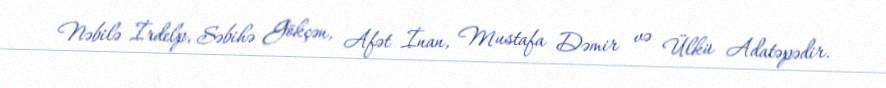
Nəbilə İrdelp, Səbihə Gökçən, Afət İnan, Mustafa Dəmir və Ülkü Adatəpədir.